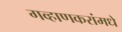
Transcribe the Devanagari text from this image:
गव्हाणकरांमधे